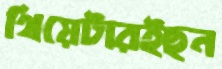
থিয়েটারইছন